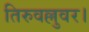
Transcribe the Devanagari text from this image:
तिरुवल्लुवर।